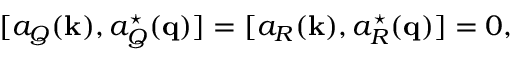
[ a _ { Q } ( { \bf k } ) , a _ { Q } ^ { \star } ( { \bf q } ) ] = [ a _ { R } ( { \bf k } ) , a _ { R } ^ { \star } ( { \bf q } ) ] = 0 ,